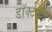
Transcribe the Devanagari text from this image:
डॉक्टरेटने